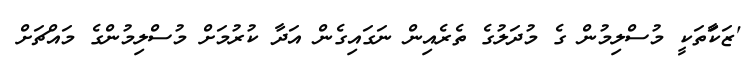
'ޒަކާަތަކީ މުސްލިމުން ގެ މުދަލުގެ ތެރެއިން ނަގައިގެން އަދާ ކުރުމަށް މުސްލިމުންގެ މައްޗަށް